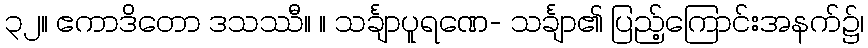
၃၂။ ဧကာဒိတော ဒသဿီ။ ။ သင်္ချာပူရဏေ- သင်္ချာ၏ ပြည့်ကြောင်းအနက်၌၊